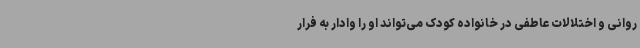
روانی و اختلالات عاطفی در خانواده کودک می‌تواند او را وادار به فرار